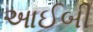
આઈબી